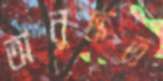
অনুদ্ধত